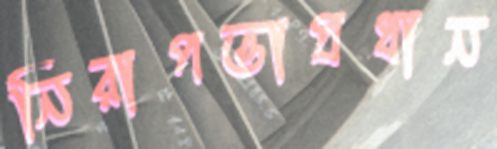
নিরাপত্তাপ্রধান